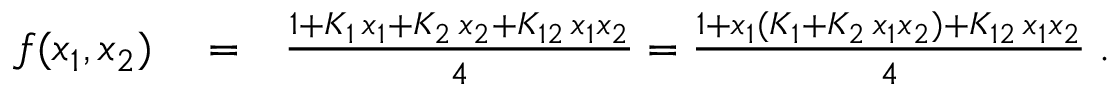
\begin{array} { r l r } { f ( x _ { 1 } , x _ { 2 } ) } & { { } = } & { \frac { 1 + K _ { 1 } \, x _ { 1 } + K _ { 2 } \, x _ { 2 } + K _ { 1 2 } \, x _ { 1 } x _ { 2 } } { 4 } = \frac { 1 + x _ { 1 } ( K _ { 1 } + K _ { 2 } \, x _ { 1 } x _ { 2 } ) + K _ { 1 2 } \, x _ { 1 } x _ { 2 } } { 4 } \; . } \end{array}